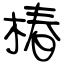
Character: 椿